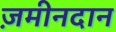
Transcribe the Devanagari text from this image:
ज़मीनदान